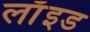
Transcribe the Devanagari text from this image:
लाॅइड